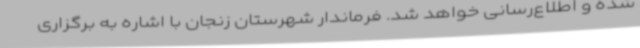
شده و اطلاع‌رسانی خواهد شد. فرماندار شهرستان زنجان با اشاره به برگزاری